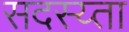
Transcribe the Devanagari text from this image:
सदस्य्ता